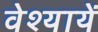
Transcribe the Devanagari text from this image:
वेश्यायें